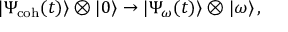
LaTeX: | \Psi _ { \mathrm { c o h } } ( t ) \rangle \otimes | 0 \rangle \rightarrow | \Psi _ { \omega } ( t ) \rangle \otimes | \omega \rangle \, ,